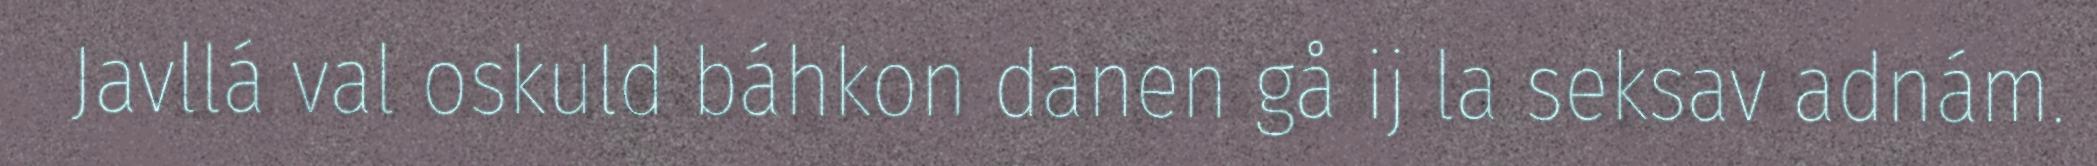
Javllá val oskuld báhkon danen gå ij la seksav adnám.